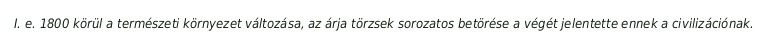
I. e. 1800 körül a természeti környezet változása, az árja törzsek sorozatos betörése a végét jelentette ennek a civilizációnak.